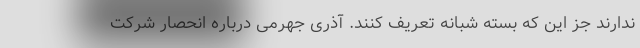
ندارند جز این که بسته شبانه تعریف کنند. آذری جهرمی درباره انحصار شرکت